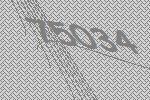
75034